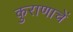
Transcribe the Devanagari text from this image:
कुराणाचें